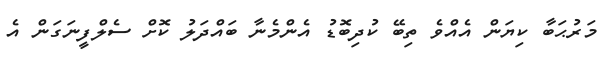
މަރުޙަބާ ކިޔަން އެއްވެ ތިބޭ ކުދިބޮޑު އެންމެނާ ބައްދަލު ކޮށް ސެލްފީނަގަން އެ